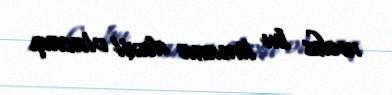
məhz bu limana daxil olacaq.